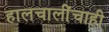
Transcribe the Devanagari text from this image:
हालचालींचाही